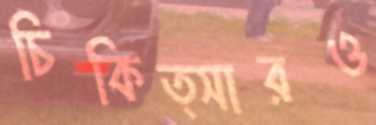
চিকিত্সারও